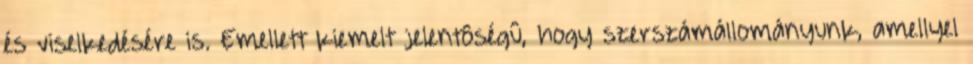
és viselkedésére is. Emellett kiemelt jelentôségû, hogy szerszámállományunk, amellyel